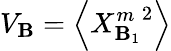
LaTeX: V_{\mathbf{B}}={\left\langle{{X}_{\mathbf{B}_{1}}^{m}}^{2}\right\rangle}